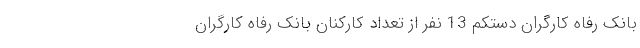
بانک رفاه کارگران دستکم 13 نفر از تعداد کارکنان بانک رفاه کارگران